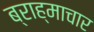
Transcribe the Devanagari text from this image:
ब्राह्माचार